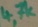
Text: 4,7k